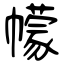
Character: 幪